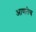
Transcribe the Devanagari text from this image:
आणतेच